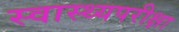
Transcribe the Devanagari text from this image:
स्वास्थ्यपरीक्षा